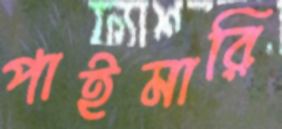
পাইমারি